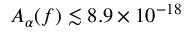
A _ { \alpha } ( f ) \lesssim 8 . 9 \times 1 0 ^ { - 1 8 }